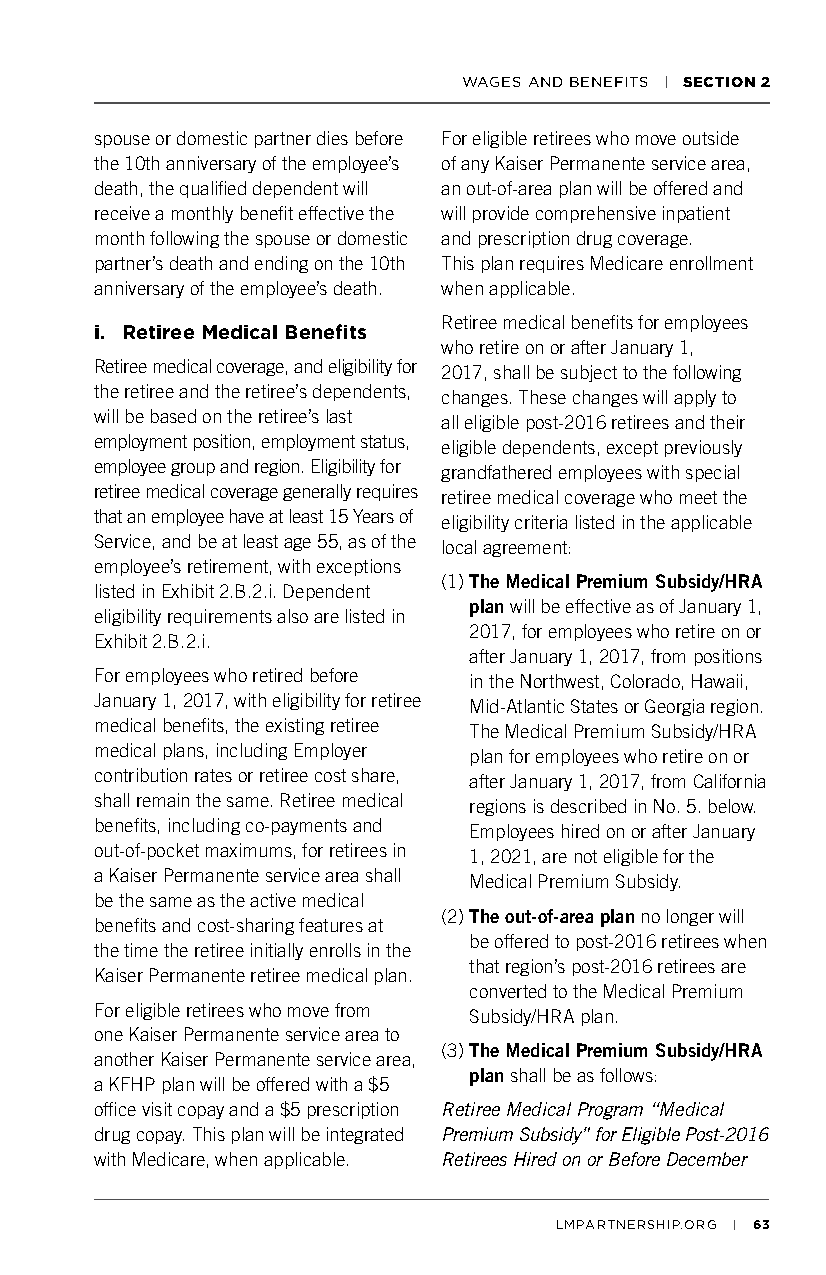
WAGES AND BENEFITS | SECTION 2
 spouse or domestic partner dies before For eligible retirees who move outside
 the 10th anniversary of the employee’s of any Kaiser Permanente service area,
 death, the qualified dependent will an out-of-area plan will be offered and
 receive a monthly benefit effective the will provide comprehensive inpatient
 month following the spouse or domestic and prescription drug coverage.
 partner’s death and ending on the 10th This plan requires Medicare enrollment
 anniversary of the employee’s death. when applicable.
 Retiree medical benefits for employees
 i. Retiree Medical Benefits
 who retire on or after January 1,
 Retiree medical coverage, and eligibility for 2017, shall be subject to the following
 the retiree and the retiree’s dependents, changes. These changes will apply to
 will be based on the retiree’s last all eligible post-2016 retirees and their
 employment position, employment status, eligible dependents, except previously
 employee group and region. Eligibility for grandfathered employees with special
 retiree medical coverage generally requires retiree medical coverage who meet the
 that an employee have at least 15 Years of eligibility criteria listed in the applicable
 Service, and be at least age 55, as of the local agreement:
 employee’s retirement, with exceptions
 (1) The Medical Premium Subsidy/HRA
 listed in Exhibit 2.B.2.i. Dependent
 plan will be effective as of January 1,
 eligibility requirements also are listed in
 2017, for employees who retire on or
 Exhibit 2.B.2.i.
 after January 1, 2017, from positions
 For employees who retired before in the Northwest, Colorado, Hawaii,
 January 1, 2017, with eligibility for retiree Mid-Atlantic States or Georgia region.
 medical benefits, the existing retiree The Medical Premium Subsidy/HRA
 medical plans, including Employer plan for employees who retire on or
 contribution rates or retiree cost share, after January 1, 2017, from California
 shall remain the same. Retiree medical regions is described in No. 5. below.
 benefits, including co-payments and Employees hired on or after January
 out-of-pocket maximums, for retirees in 1, 2021, are not eligible for the
 a Kaiser Permanente service area shall Medical Premium Subsidy.
 be the same as the active medical
 (2) The out-of-area plan no longer will
 benefits and cost-sharing features at
 be offered to post-2016 retirees when
 the time the retiree initially enrolls in the
 that region’s post-2016 retirees are
 Kaiser Permanente retiree medical plan.
 converted to the Medical Premium
 For eligible retirees who move from Subsidy/HRA plan.
 one Kaiser Permanente service area to
 (3) The Medical Premium Subsidy/HRA
 another Kaiser Permanente service area,
 plan shall be as follows:
 a KFHP plan will be offered with a $5
 office visit copay and a $5 prescription Retiree Medical Program “Medical
 drug copay. This plan will be integrated Premium Subsidy” for Eligible Post-2016
 with Medicare, when applicable. Retirees Hired on or Before December
 LMPARTNERSHIP.ORG | 63